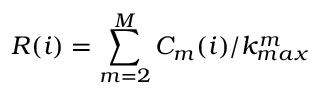
R ( i ) = \sum _ { m = 2 } ^ { M } C _ { m } ( i ) / k _ { m a x } ^ { m }